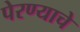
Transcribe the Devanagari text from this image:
पेरण्याचे